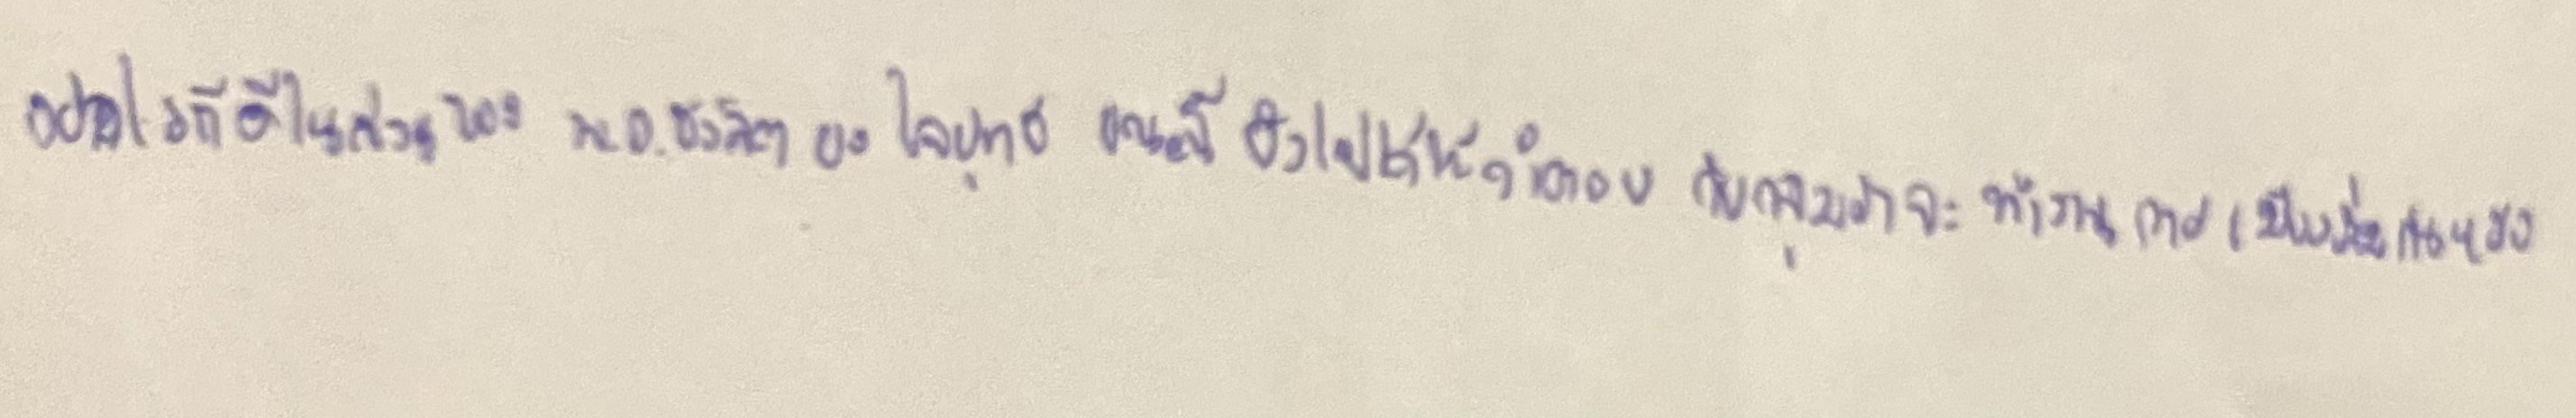
อย่างไรก็ดีในส่วนของพล.อ.ชวลิต ยงใจยุทธขณะนี้ยังไม่ได้ให้คำตอบกับกลุ่มว่าจะทำงานการเมืองร่วมกันหรือ